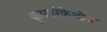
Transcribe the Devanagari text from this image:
कुमारिकेशीच